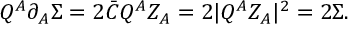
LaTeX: Q ^ { A } \partial _ { A } \Sigma = 2 \bar { C } Q ^ { A } Z _ { A } = 2 | Q ^ { A } Z _ { A } | ^ { 2 } = 2 \Sigma .